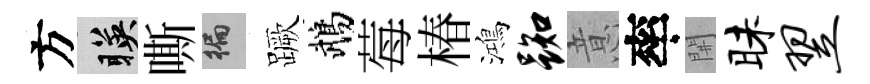
方暎嘶徧蹶鵡莓椿鴻踟意率𨳩昧翌